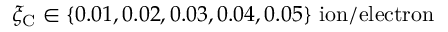
{ \xi _ { \mathrm { C } } \in \{ 0 . 0 1 , 0 . 0 2 , 0 . 0 3 , 0 . 0 4 , 0 . 0 5 \} ~ \mathrm { i o n / e l e c t r o n } }